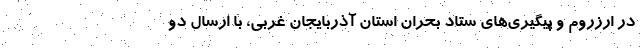
در ارزروم و پیگیری‌های ستاد بحران استان آذربایجان غربی، با ارسال دو